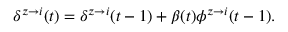
\delta ^ { z \rightarrow i } ( t ) = \delta ^ { z \rightarrow i } ( t - 1 ) + \beta ( t ) \phi ^ { z \rightarrow i } ( t - 1 ) .